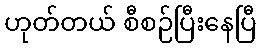
ဟုတ်တယ် စီစဉ်ပြီးနေပြီ